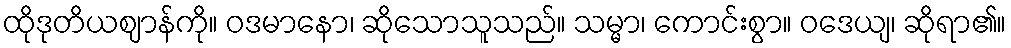
ထိုဒုတိယဈာန်ကို။ ဝဒမာနော၊ ဆိုသောသူသည်။ သမ္မာ၊ ကောင်းစွာ။ ဝဒေယျ၊ ဆိုရာ၏။